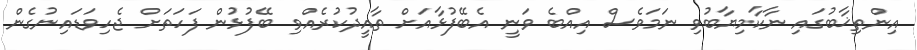
އިންތިޚާބުގައި ނާކާމިޔާބުވި ނަމަވެސް އިއްބެ ވަނީ އެބޭފުޅާއަށް ތާއީދުކުރެއްވި ބޭފުޅުން ފަހަތަށް ޖެހިވަޑައިނުގެން